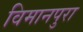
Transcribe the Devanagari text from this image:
विमानपुरा